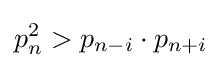
p_{n}^{2}>p_{n-i}\cdot p_{n+i}